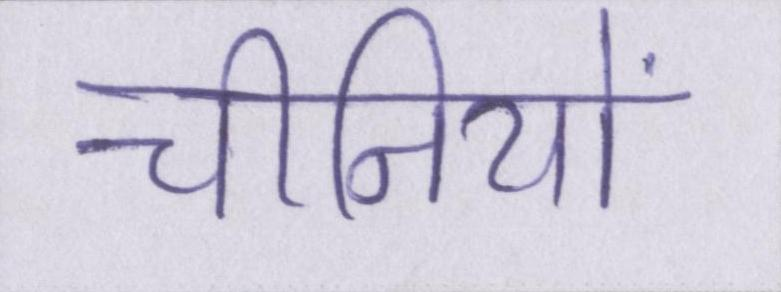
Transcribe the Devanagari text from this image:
चीनियों